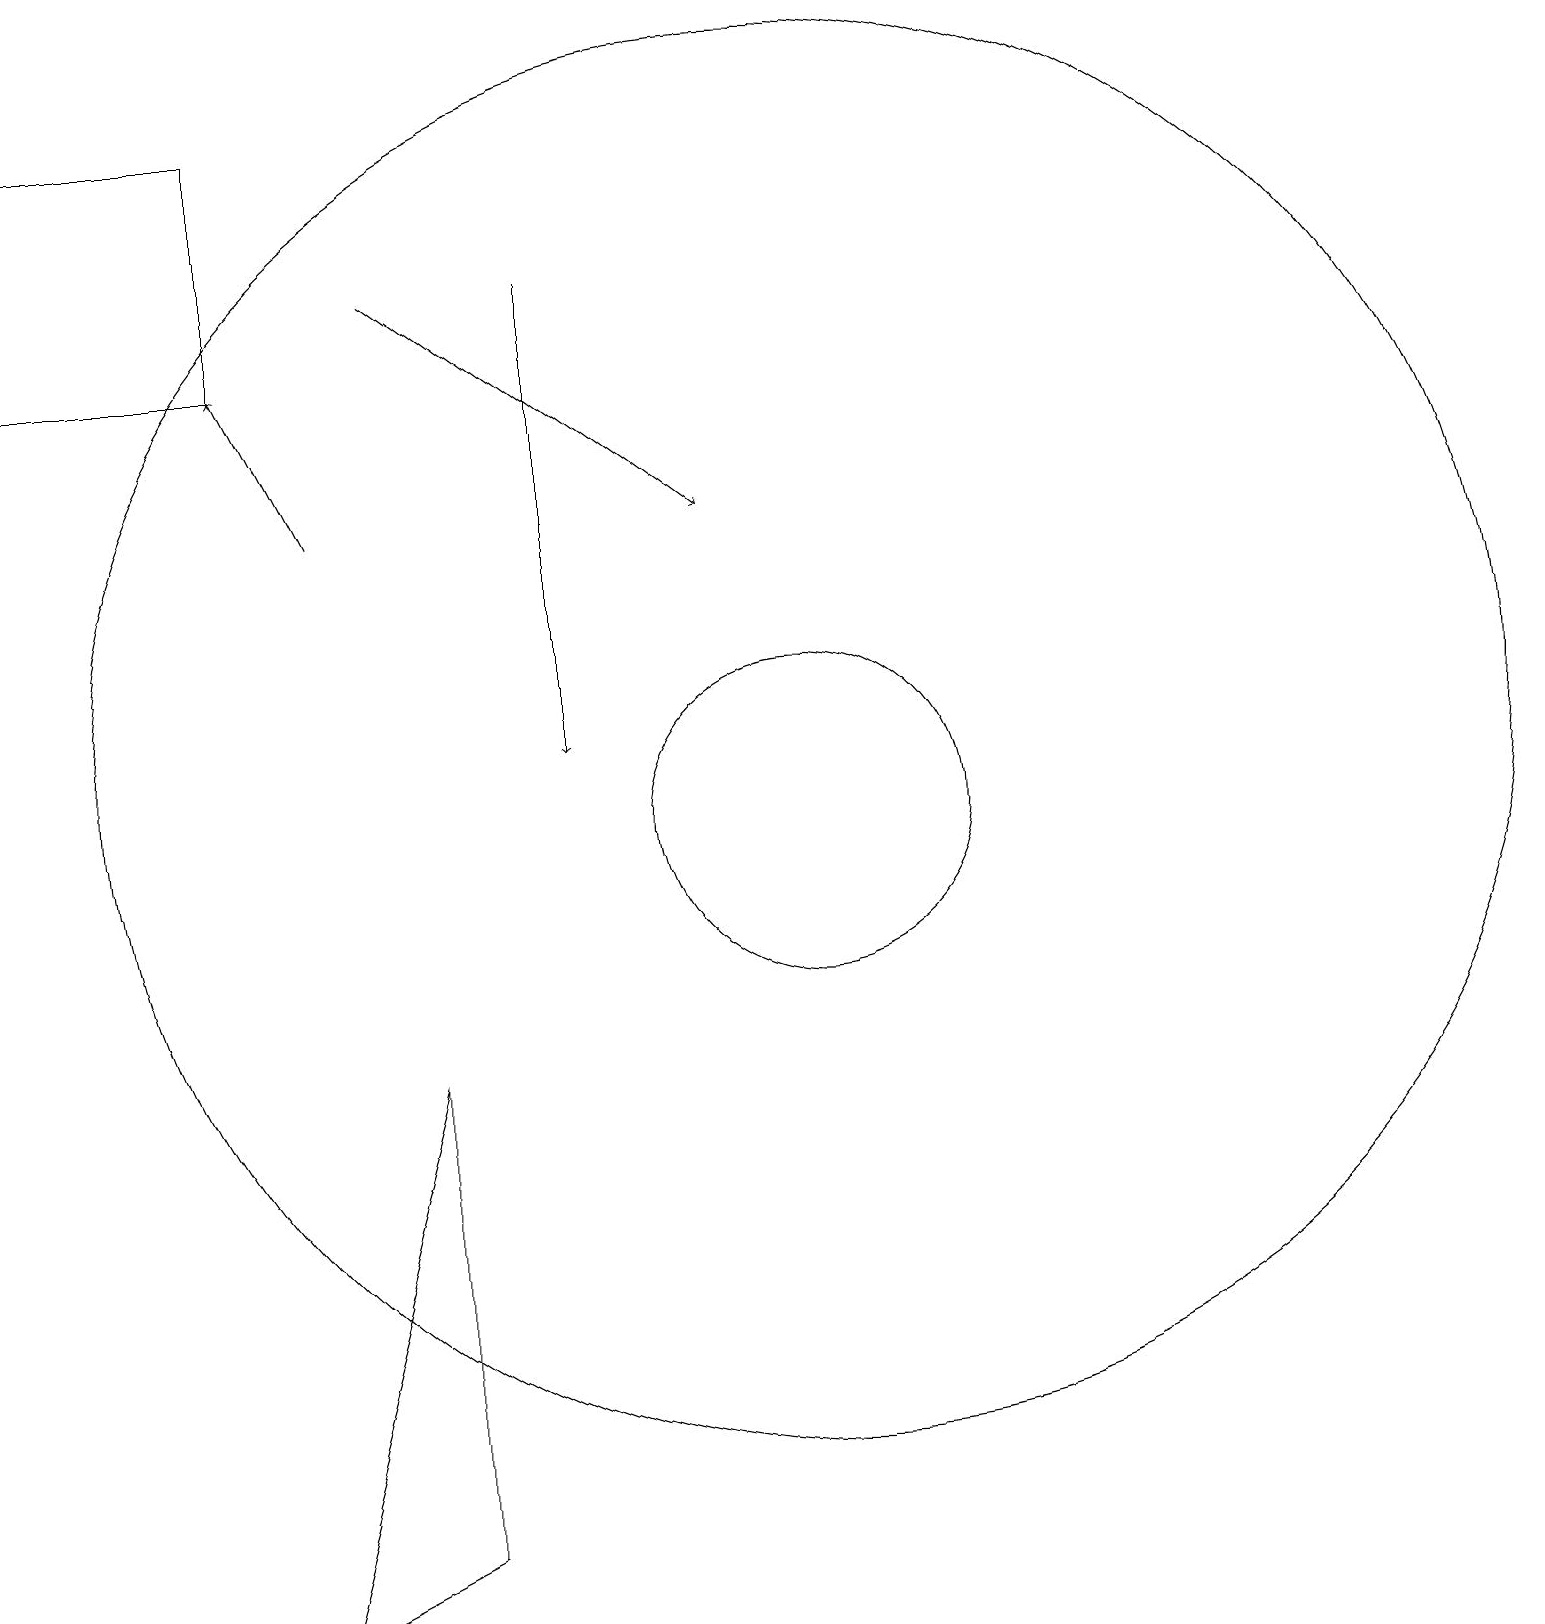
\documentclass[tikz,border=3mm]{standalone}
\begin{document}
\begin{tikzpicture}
\draw (5,1) -- (5,7) -- (3,0) -- cycle;
\draw[->] (4,14) -- (3,16);
\draw (10,10) circle (2);
\draw[->] (7,17) -- (7,11);
\draw[->] (5,17) -- (9,14);
\draw (10,11) circle (9);
\draw (3,16) rectangle (0,19);
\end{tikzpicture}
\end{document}